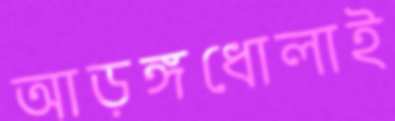
আড়ঙ্গধোলাই